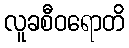
လူခစီဝရောတိ